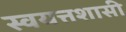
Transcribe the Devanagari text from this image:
स्वयत्तशासी